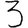
Digit: 3